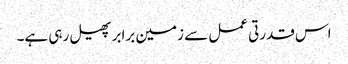
اس قدرتی عمل سے زمین برابر پھیل رہی ہے۔